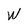
Character: W